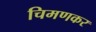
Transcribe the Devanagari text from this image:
चिमणकर